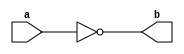
`timescale 1ns / 1ps
//////////////////////////////////////////////////////////////////////////////////
// Company: 
// Engineer: 
// 
// Design Name: 
// Module Name: not_1
// Project Name: 
// Target Devices: 
// Tool Versions: 
// Description: 
// 
// Dependencies: 
// 
// Revision:
// Revision 0.01 - File Created
// Additional Comments:
// 
//////////////////////////////////////////////////////////////////////////////////


module not_1(
    input a,
    output b
    );
assign b=~a;
endmodule